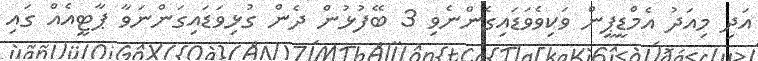
އަދި މިއަދު އެމްޑީޕީން ވަކިވެވަޑައިގެންނެވި 3 ބޭފުޅުން ދެން ގުޅިވަޑައިގަންނަވާ ޕާޓީއެއް ގައި